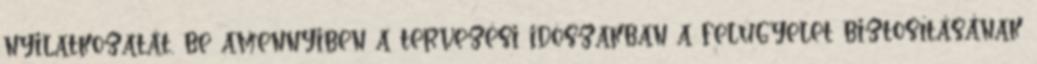
nyilatkozatát, be amennyiben a tervezési idõszakban a felügyelet biztosításának